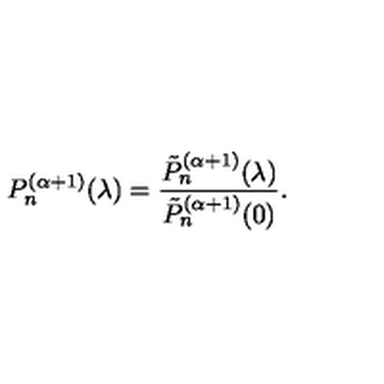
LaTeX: P _ { n } ^ { ( \alpha + 1 ) } ( \lambda ) = \frac { \tilde { P } _ { n } ^ { ( \alpha + 1 ) } ( \lambda ) } { \tilde { P } _ { n } ^ { ( \alpha + 1 ) } ( 0 ) } .